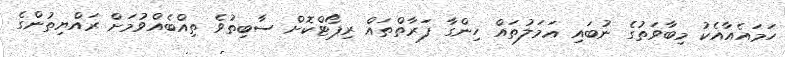
ހަމައެއާއެކު މިބާވަތުގެ ނުބައި ޢަމަލުތައް ހިންގާ ފަރާތްތައް ރިޕޯޓްކޮށް ސާބިތުވެ ތިއްބެއްވުމަށް ރައްޔިތުންގެ